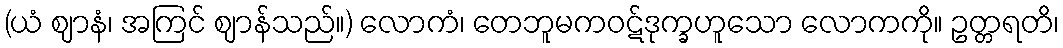
(ယံ ဈာနံ၊ အကြင် ဈာန်သည်။) လောကံ၊ တေဘူမကဝဋ်ဒုက္ခဟူသော လောကကို။ ဥတ္တရတိ၊